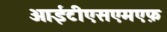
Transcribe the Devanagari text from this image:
आईटीएसएमएफ़